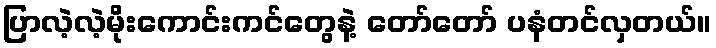
ပြာလဲ့လဲ့မိုးကောင်းကင်တွေနဲ့ တော်တော် ပနံတင်လှတယ်။